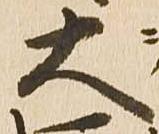
大